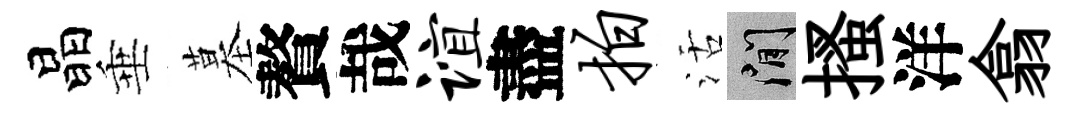
晶垂墓贅哉谊盡拍活閑搔洋翕